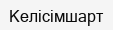
Келісімшарт